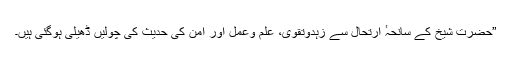
”حضرت شیخ کے سانحہٴ ارتحال سے زہدوتقویٰ، علم وعمل اور امن کی حدیث کی چولیں ڈھیلی ہوگئی ہیں۔